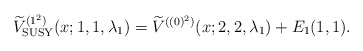
\begin{gather*} \widetilde{V}_{\rm SUSY}^{( 1^{2}) }(x;1,1,\lambda _{1})=\widetilde{V} ^{( (0) ^{2}) }(x;2,2,\lambda _{1})+E_{1}(1,1) .\end{gather*}